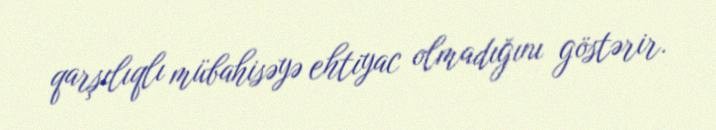
qarşılıqlı mübahisəyə ehtiyac olmadığını göstərir.